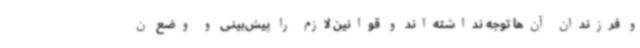
و فرزندان آن‌ها توجه نداشته‌اند و قوانین لازم را پیش‌بینی و وضع ن